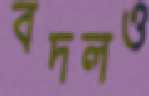
বদলও